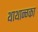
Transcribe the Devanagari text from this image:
थाथान्ग्का